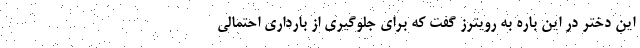
این دختر در این باره به رویترز گفت که برای جلوگیری از بارداری احتمالی